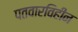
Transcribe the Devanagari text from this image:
पतवारविहीन